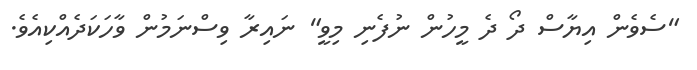
"ސެވެން އިޔާސް ދޯ ދެ މީހުން ނުފެނި މިވީ" ނައިރާ ވިސްނަމުން ވާހަކަދެއްކިއެވެ.